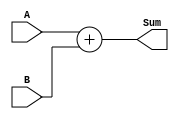
module add_signed_2001 (
	input signed [2:0] A,
	input signed [2:0] B,
	output signed [3:0] Sum  
	);
	assign Sum = A + B;
endmodule